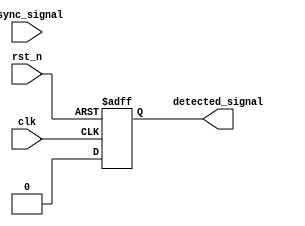
module dual_ff_detector (
    input wire clk,              // Clock signal
    input wire rst_n,            // Active low reset
    input wire async_signal,     // Asynchronous input signal
    output reg detected_signal    // Output signal indicating pattern detection
);

    // Parameters for the pattern to be detected
    parameter PATTERN = 2'b11;   // Example pattern to detect
    parameter MEMORY_SIZE = 4;    // Size of the memory block

    // Dual flip-flops for synchronization
    reg ff1, ff2;

    // Memory block to store detected patterns
    reg [1:0] memory [0:MEMORY_SIZE-1]; // Memory array
    integer mem_index; // Index for memory storage

    // Synchronization process
    always @(posedge clk or negedge rst_n) begin
        if (!rst_n) begin
            ff1 <= 1'b0;
            ff2 <= 1'b0;
        end else begin
            ff1 <= async_signal; // Sample the asynchronous signal
            ff2 <= ff1;          // Sample the output of the first flip-flop
        end
    end

    // Detection logic
    always @(posedge clk or negedge rst_n) begin
        if (!rst_n) begin
            detected_signal <= 1'b0;
            mem_index <= 0;
        end else begin
            // Check if the synchronized signal matches the pattern
            if (ff2 == PATTERN) begin
                detected_signal <= 1'b1; // Pattern detected
                // Store the detected pattern in memory
                if (mem_index < MEMORY_SIZE) begin
                    memory[mem_index] <= ff2; // Store the detected pattern
                    mem_index <= mem_index + 1; // Increment memory index
                end
            end else begin
                detected_signal <= 1'b0; // No pattern detected
            end
        end
    end

endmodule